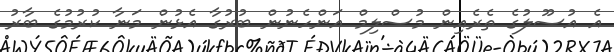
އެ އުސޫލުގެ ތެރެއިން މުސްލިމް އަންހެނުން ބުރުގާ އެޅުން މަނާ ކުރުމުގެ ބާރު